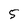
Character: 5